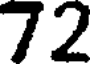
72